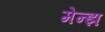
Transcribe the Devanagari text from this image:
मेन्झ